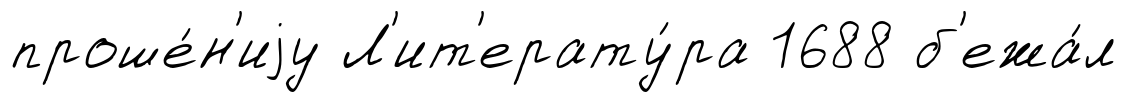
проше́н'иjу Л'ит'ерату́ра 1688 б'ежа́л